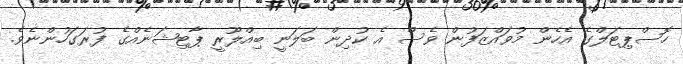
ހޮސްޕިޓަލްގެ އެހެން މުވައްޒަފުން ވެސް އެ ކުދިން ބަލަނީ ބިއްލޫރީ ޕާޓިޝަނެއްގެ ފުރަގަހުންނެވެ.